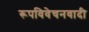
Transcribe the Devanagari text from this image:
रूपविवेचनवादी